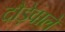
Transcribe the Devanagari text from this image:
दौड़ेवाले